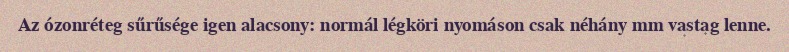
Az ózonréteg sűrűsége igen alacsony: normál légköri nyomáson csak néhány mm vastag lenne.